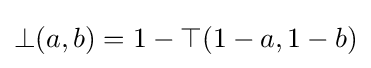
\bot (a,b)=1-\top (1-a,1-b)